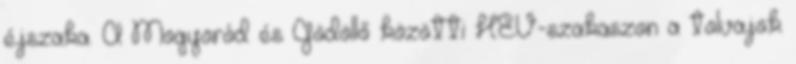
éjszaka. A Mogyoród és Gödöllő közötti HÉV-szakaszon a tolvajok